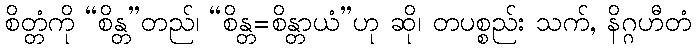
စိတ္တံကို “စိန္တ”တည်၊ “စိန္တ=စိန္တာယံ”ဟု ဆို၊ တပစ္စည်း သက်, နိဂ္ဂဟီတံ